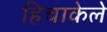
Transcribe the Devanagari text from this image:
हिचाकेले